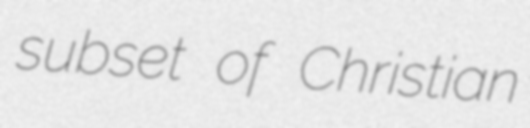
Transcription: subset of Christian